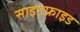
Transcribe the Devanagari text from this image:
साइगफ्राइड